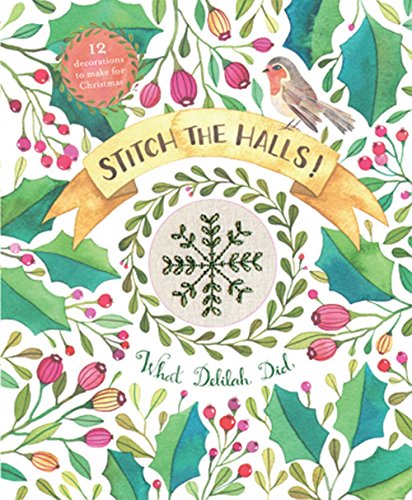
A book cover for Stitch the Halls!: 12 Decorations to Make for Christmas; Sophie Simpson; Crafts, Hobbies & Home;